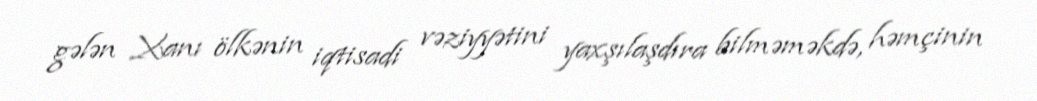
gələn Xanı ölkənin iqtisadi vəziyyətini yaxşılaşdıra bilməməkdə, həmçinin